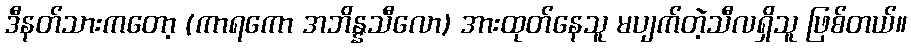
ဒီနတ်သားကတော့ (ကာရကော အဘိန္နသီလော) အားထုတ်နေသူ မပျက်တဲ့သီလရှိသူ ဖြစ်တယ်။